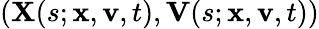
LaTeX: (\mathbf{X}(s;\mathbf{x},\mathbf{v},t),\mathbf{V}(s;\mathbf{x},\mathbf{v},t))